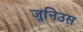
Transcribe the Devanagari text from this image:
जुनिउस